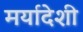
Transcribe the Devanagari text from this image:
मर्यादेशी